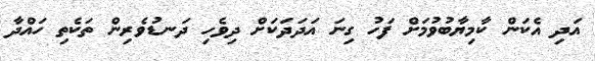
އަދި އެކަން ކާމިޔާބުވުމަށް ފަހު ގިނަ އަދަދަކަށް ދިވެހި ދަނޑުވެރިން ތަކެތި ހައްދާ